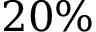
2 0 \%